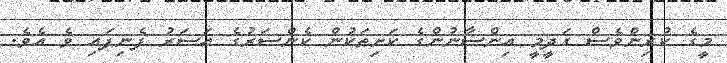
މީގެ ކުރިންވެސް ގަދީމީ އިންސާނުންގެ ކަށިތަކުން ކެންސަރުގެ އަސަރު ފެނިފައި ވެ އެވެ.